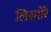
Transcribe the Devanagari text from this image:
लिस्मोरे